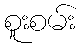
စူးစမ်း